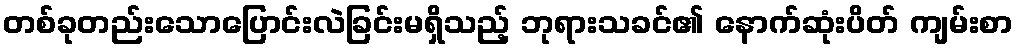
တစ်ခုတည်းသောပြောင်းလဲခြင်းမရှိသည့် ဘုရားသခင်၏ နောက်ဆုံးပိတ် ကျမ်းစာ